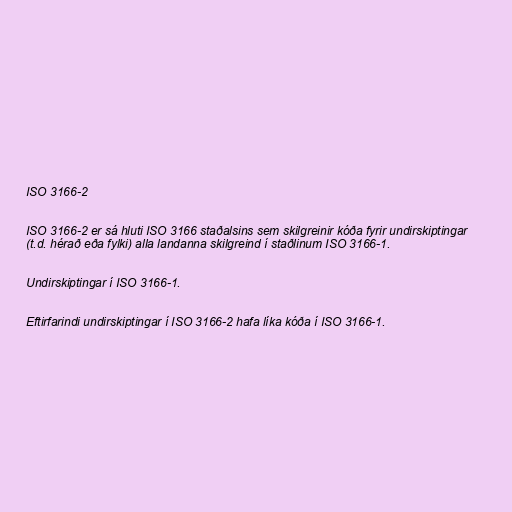
ISO 3166-2

ISO 3166-2 er sá hluti ISO 3166 staðalsins sem skilgreinir kóða fyrir undirskiptingar
(t.d. hérað eða fylki) alla landanna skilgreind í staðlinum ISO 3166-1.

Undirskiptingar í ISO 3166-1.

Eftirfarindi undirskiptingar í ISO 3166-2 hafa líka kóða í ISO 3166-1.